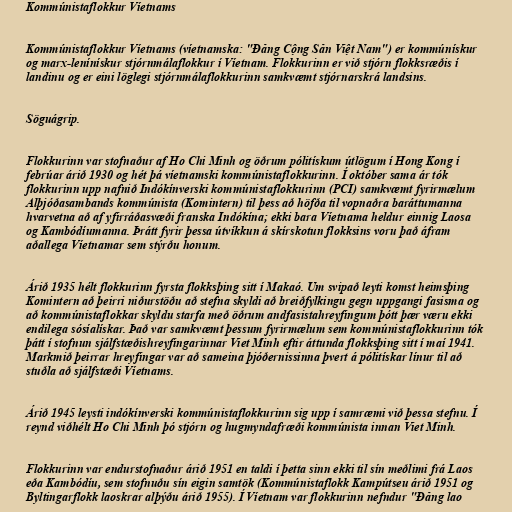
Kommúnistaflokkur Víetnams

Kommúnistaflokkur Víetnams (víetnamska: "Đảng Cộng Sản Việt Nam") er kommúnískur
og marx-lenínískur stjórnmálaflokkur í Víetnam. Flokkurinn er við stjórn flokksræðis í
landinu og er eini löglegi stjórnmálaflokkurinn samkvæmt stjórnarskrá landsins.

Söguágrip.

Flokkurinn var stofnaður af Ho Chi Minh og öðrum pólitískum útlögum í Hong Kong í
febrúar árið 1930 og hét þá víetnamski kommúnistaflokkurinn. Í október sama ár tók
flokkurinn upp nafnið Indókínverski kommúnistaflokkurinn (PCI) samkvæmt fyrirmælum
Alþjóðasambands kommúnista (Komintern) til þess að höfða til vopnaðra baráttumanna
hvarvetna að af yfirráðasvæði franska Indókína; ekki bara Víetnama heldur einnig Laosa
og Kambódíumanna. Þrátt fyrir þessa útvíkkun á skírskotun flokksins voru það áfram
aðallega Víetnamar sem stýrðu honum.

Árið 1935 hélt flokkurinn fyrsta flokksþing sitt í Makaó. Um svipað leyti komst heimsþing
Komintern að þeirri niðurstöðu að stefna skyldi að breiðfylkingu gegn uppgangi fasisma og
að kommúnistaflokkar skyldu starfa með öðrum andfasistahreyfingum þótt þær væru ekki
endilega sósíalískar. Það var samkvæmt þessum fyrirmælum sem kommúnistaflokkurinn tók
þátt í stofnun sjálfstæðishreyfingarinnar Viet Minh eftir áttunda flokksþing sitt í maí 1941.
Markmið þeirrar hreyfingar var að sameina þjóðernissinna þvert á pólitískar línur til að
stuðla að sjálfstæði Víetnams.

Árið 1945 leysti indókínverski kommúnistaflokkurinn sig upp í samræmi við þessa stefnu. Í
reynd viðhélt Ho Chi Minh þó stjórn og hugmyndafræði kommúnista innan Viet Minh.

Flokkurinn var endurstofnaður árið 1951 en taldi í þetta sinn ekki til sín meðlimi frá Laos
eða Kambódíu, sem stofnuðu sín eigin samtök (Kommúnistaflokk Kampútseu árið 1951 og
Byltingarflokk laoskrar alþýðu árið 1955). Í Víetnam var flokkurinn nefndur "Đảng lao